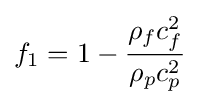
{f_{1}}=1-{{{\rho _{f}}c_{f}^{2}} \over {{\rho _{p}}c_{p}^{2}}}